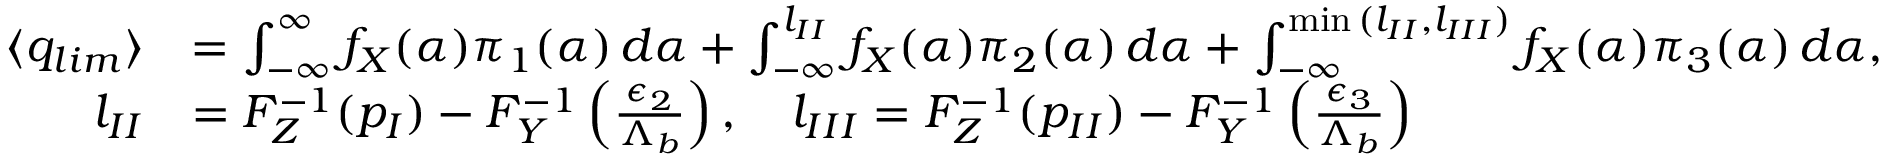
\begin{array} { r l } { \langle q _ { l i m } \rangle } & { = \int _ { - \infty } ^ { \infty } f _ { X } ( \alpha ) { \pi } _ { 1 } ( \alpha ) \, d \alpha + \int _ { - \infty } ^ { l _ { I I } } f _ { X } ( \alpha ) { \pi } _ { 2 } ( \alpha ) \, d \alpha + \int _ { - \infty } ^ { \operatorname* { m i n } { ( l _ { I I } , l _ { I I I } ) } } f _ { X } ( \alpha ) { \pi } _ { 3 } ( \alpha ) \, d \alpha , } \\ { \quad l _ { I I } } & { = F _ { Z } ^ { - 1 } ( p _ { I } ) - F _ { Y } ^ { - 1 } \left( \frac { { \epsilon } _ { 2 } } { { \Lambda } _ { b } } \right) , \quad l _ { I I I } = F _ { Z } ^ { - 1 } ( p _ { I I } ) - F _ { Y } ^ { - 1 } \left( \frac { { \epsilon } _ { 3 } } { { \Lambda } _ { b } } \right) } \end{array}